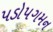
પડોપગમન